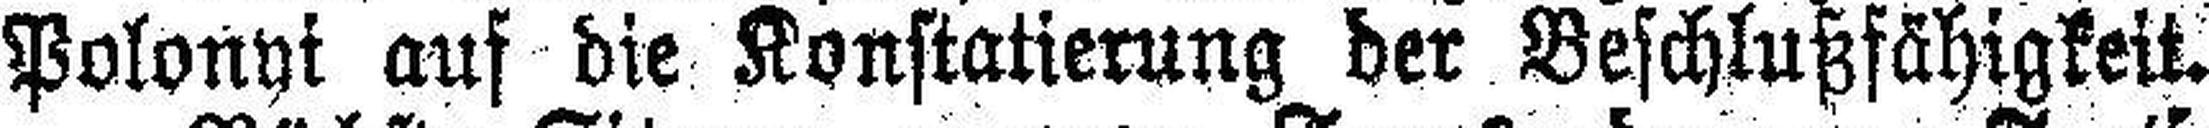
Polonyi auf die Konstatierung der Beschlußfähigkeit.